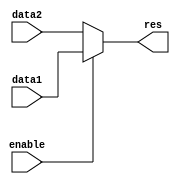
`timescale 1ns / 1ps
//////////////////////////////////////////////////////////////////////////////////
// Company: 
// Engineer: 
// 
// Design Name: 
// Module Name: mux_32b
// Project Name: 
// Target Devices: 
// Tool Versions: 
// Description: 
// 
// Dependencies: 
// 
// Revision:
// Revision 0.01 - File Created
// Additional Comments:
// 
//////////////////////////////////////////////////////////////////////////////////


module mux_32b(
input enable,
input [31:0]data1,
input [31:0]data2,
output [31:0] res
    );
    
    assign res=enable?data1:data2;
endmodule